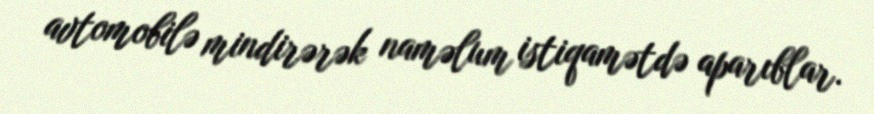
avtomobilə mindirərək naməlum istiqamətdə aparıblar.